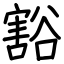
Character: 豁